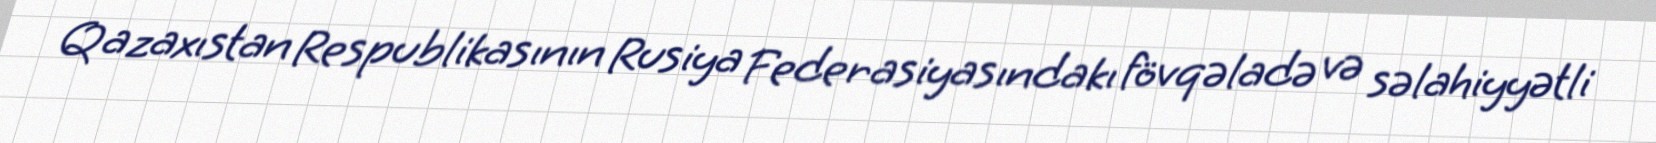
Qazaxıstan Respublikasının Rusiya Federasiyasındakı fövqəladə və səlahiyyətli